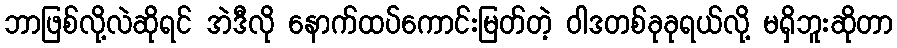
ဘာဖြစ်လို့လဲဆိုရင် အဲဒီလို နောက်ထပ်ကောင်းမြတ်တဲ့ ဝါဒတစ်ခုခုရယ်လို့ မရှိဘူးဆိုတာ